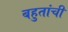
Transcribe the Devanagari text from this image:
बहुतांची